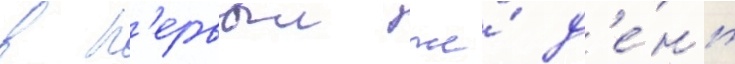
в п'ервыи же́ д'е́нь